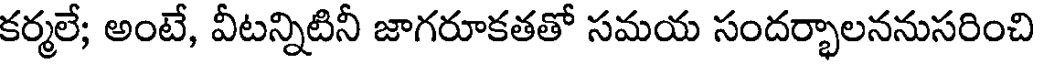
కర్మలే; అంటే, వీటన్నిటినీ జాగరూకతతో సమయ సందర్భాలననుసరించి